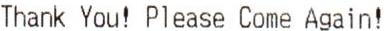
THANK YOU! PLEASE COME AGAIN!